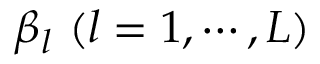
\beta _ { l } \ ( l = 1 , \cdots , L )